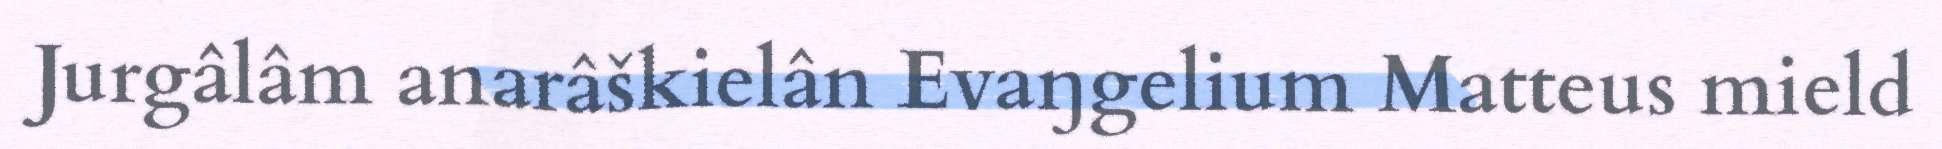
Jurgâlâm anarâškielân Evaŋgelium Matteus mield